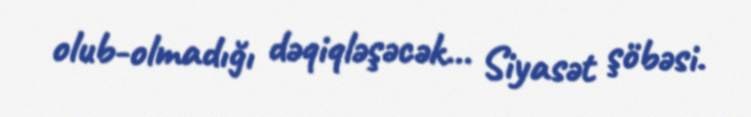
olub-olmadığı dəqiqləşəcək... Siyasət şöbəsi.